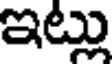
ఇట్లు